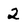
Character: 2